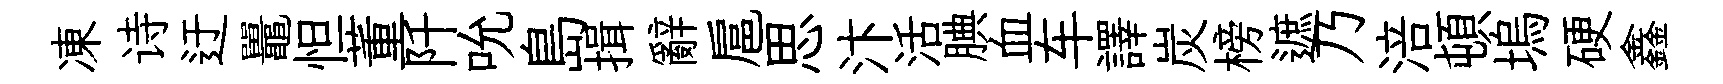
凍诗迂鼉怛董阡吮島揖辭扈思汴活腆血车譯炭榜遮乃涪頓塢硬鑫